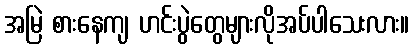
အမြဲ စားနေကျ ဟင်းပွဲတွေများလိုအပ်ပါသေးလား။